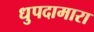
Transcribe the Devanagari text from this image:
धुपदामारा